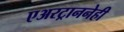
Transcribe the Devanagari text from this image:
एअरट्राननेही